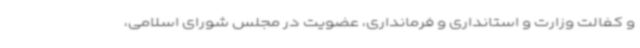
و کفالت وزارت و استانداری و فرمانداری، عضویت در مجلس شورای اسلامی،